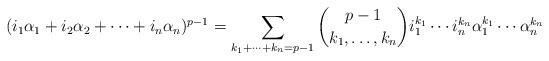
\begin{align*}(i_1\alpha_1 + i_2 \alpha_2 + \cdots + i_n \alpha_n)^{p-1}= \sum_{k_1+\cdots +k_n=p-1} \binom{p-1}{k_1,\ldots,k_n} i_1^{k_1}\cdots i_n^{k_n} \alpha_1^{k_1}\cdots \alpha_n^{k_n}\end{align*}